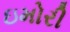
ઇમોરી